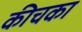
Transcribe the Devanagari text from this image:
कीचका